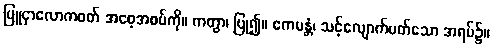
ပြူငှာလောကဝတ် အစေ့အစပ်ကို။ ကတွာ၊ ပြု၍။ ဧကမန္တံ၊ သင့်လျောက်ပတ်သော အရပ်၌။